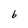
Character: b